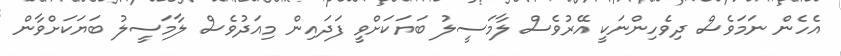
އެހެން ނަމަވެސް ދިވެހިންނަކީ އޭރުވެސް ލާމަސީލު ބަޔަކަށްވީ ފަދައިން މިއަދުވެސް ލާމަސީލު ބަޔަކަށްވާން